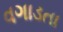
વગાડતા